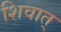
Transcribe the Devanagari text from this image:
शिवात्